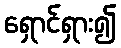
ရှောင်ရှား၍